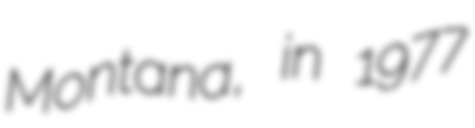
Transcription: Montana, in 1977